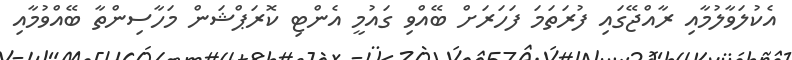
އެކުލަވާލުމާއި ރާއްޖޭގައި ފުރަަތަމަ ފަހަރަށް ބޭއްވި ގައުމީ އެންޓި ކޮރަޕްޝަން މަހާސިންތާ ބޭއްވުމާއި